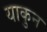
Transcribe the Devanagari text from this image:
याकुन